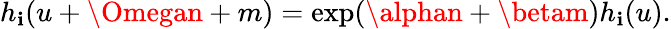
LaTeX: h_{\mathbf{i}}(u+\Omegan+m)=\exp(\alphan+\betam)h_{\mathbf{i}}(u).